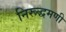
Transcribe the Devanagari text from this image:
निरूद्धमणी